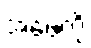
အဖေကို